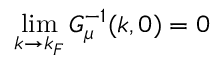
\operatorname* { l i m } _ { k \to k _ { F } } G _ { \mu } ^ { - 1 } ( k , 0 ) = 0